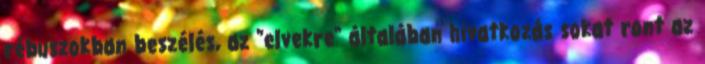
rébuszokban beszélés, az "elvekre" általában hivatkozás sokat ront az